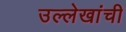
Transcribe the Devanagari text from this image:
उल्लेखांची